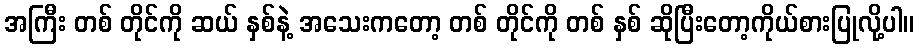
အကြီး တစ် တိုင်ကို ဆယ် နှစ်နဲ့ အသေးကတော့ တစ် တိုင်ကို တစ် နှစ် ဆိုပြီးတော့ကိုယ်စားပြုလို့ပါ။